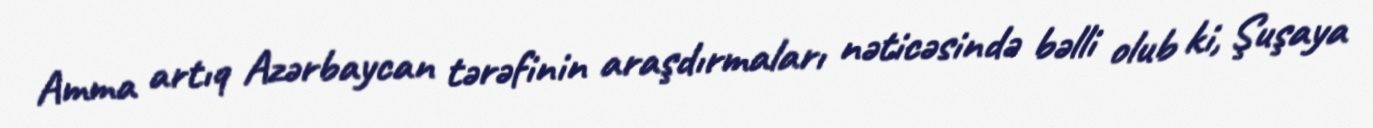
Amma artıq Azərbaycan tərəfinin araşdırmaları nəticəsində bəlli olub ki, Şuşaya